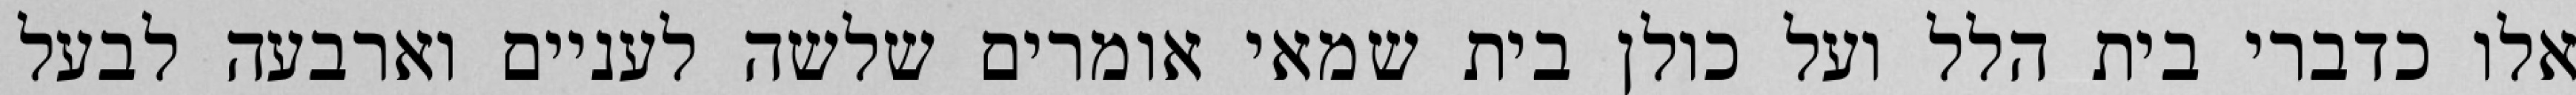
אלו כדברי בית הלל ועל כולן בית שמאי אומרים שלשה לעניים וארבעה לבעל